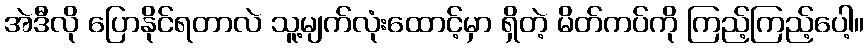
အဲဒီလို ပြောနိုင်ရတာလဲ သူ့မျက်လုံးထောင့်မှာ ရှိတဲ့ မိတ်ကပ်ကို ကြည့်ကြည့်ပေါ့။